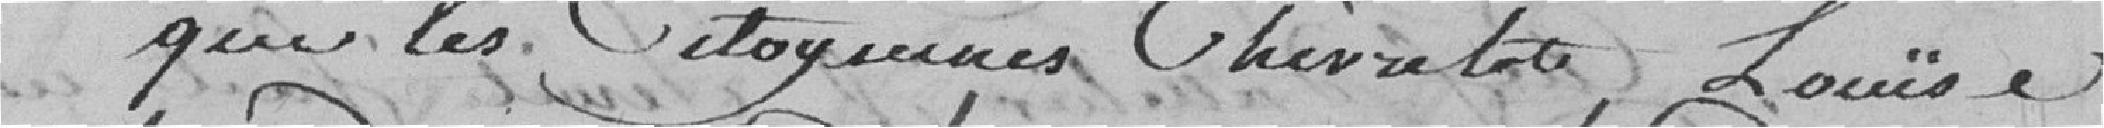
que les citoyennes Chevrelot, Louise